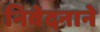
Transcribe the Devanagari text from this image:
निवेदनाने